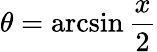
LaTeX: \theta=\arcsin{\frac{x}{2}}